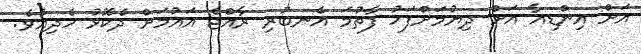
އަށް އިންޑިއާ އަށް ދިޔުމަށްފަހު ފާތުމަ އެނބުރި ރާއްޖެ އައުމަށް ދެކޮޅު ހެދިއެވެ.